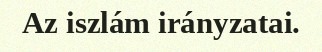
Az iszlám irányzatai.